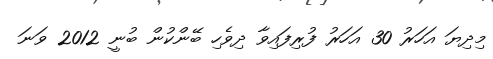
މިދިޔަ އަހަރު 30 އަހަރު ފުރިފައިވާ ދިވެހި ބޭންކުން ބުނީ 2012 ވަަނަ